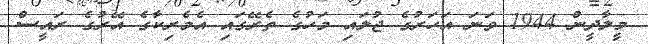
މީލާދީން 1944 ވަނަ އަހަރުގެ ޖުލައި މަހުގެ ތެރޭގައި އެމެރިކާގެ އޭރުގެ ރައީސް